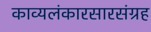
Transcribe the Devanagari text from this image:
काव्यलंकारसारसंग्रह